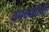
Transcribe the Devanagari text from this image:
तपस्व्यांची